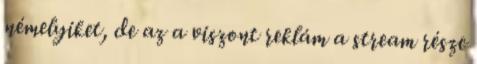
némelyiket, de az a viszont reklám a stream része